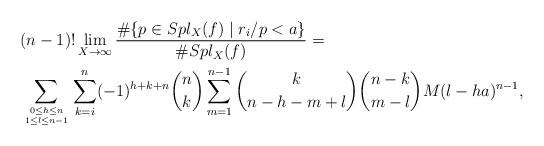
LaTeX: \begin{align*}&(n-1)!\lim_{X\to\infty}\frac{\#\{p\in Spl_X(f)\mid r_i/p<a\}}{\#Spl_X(f)}=\\ &\sum_{0\le h \le n\atop 1\le l \le n-1}\sum_{k =i}^n(-1)^{h+k+n}{n\choose k}\sum_{m=1}^{n-1}{k \choose n-h-m+l}{n-k \choose m-l}M(l-ha)^{n-1},\end{align*}